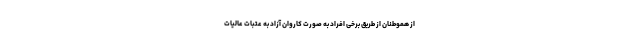
از هموطنان از طریق برخی افراد به صورت کاروان آزاد به عتبات عالیات